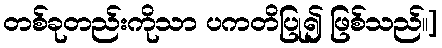
တစ်ခုတည်းကိုသာ ပကတိပြု၍ ဖြစ်သည်၊၊]